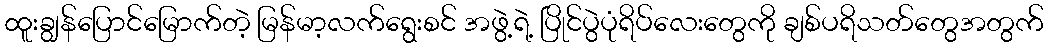
ထူးချွန်ပြောင်မြောက်တဲ့ မြန်မာ့လက်ရွေးစင် အဖွဲ့ရဲ့ ပြိုင်ပွဲပုံရိပ်လေးတွေကို ချစ်ပရိသတ်တွေအတွက်